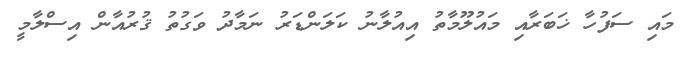
މައި ސަފުހާ ޚަބަރާއި މައުލޫމާތު އިއުލާނު ކަލަންޑަރު ނަމާދު ވަގުތު ޤުރުއާން އިސްލާމީ